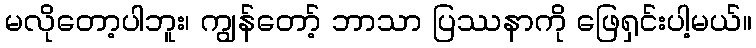
မလိုတော့ပါဘူး၊ ကျွန်တော့် ဘာသာ ပြဿနာကို ဖြေရှင်းပါ့မယ်။